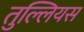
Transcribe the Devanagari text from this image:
तुल्लियस